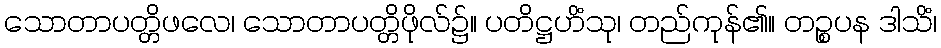
သောတာပတ္တိဖလေ၊ သောတာပတ္တိဖိုလ်၌။ ပတိဋ္ဌဟိံသု၊ တည်ကုန်၏။ တဉ္စပန ဒါသိံ၊